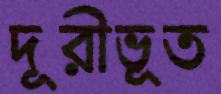
দূরীভূত